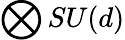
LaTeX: \bigotimes SU(d)